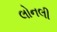
લોનલી